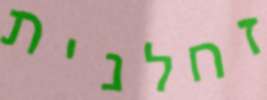
זחלנית